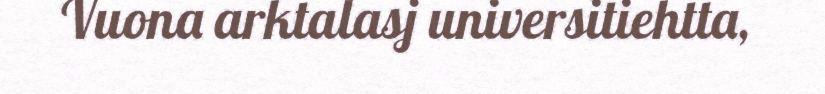
Vuona arktalasj universitiehtta,